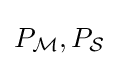
P_{\mathcal {M}},P_{\mathcal {S}}